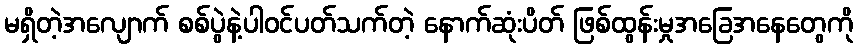
မရှိတဲ့အလျောက် စစ်ပွဲနဲ့ပါဝင်ပတ်သက်တဲ့ နောက်ဆုံးပိတ် ဖြစ်ထွန်းမှုအခြေအနေတွေကို